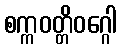
စက္ကဝတ္တိဝဂ္ဂေါ